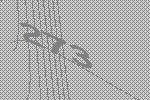
273